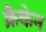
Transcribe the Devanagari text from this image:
क्रैकेन